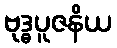
ဗုဒ္ဓပူဇနိယ